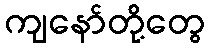
ကျနော်တို့တွေ